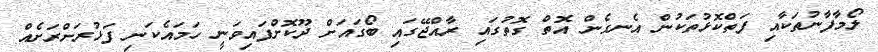
ލޯމާފާނުތަކާއި ފަތްކޮޅުތަކުން އެނގެން އޮތް ގޮތުގައި ރާއްޖޭގައި ބޯގައަށް ދޫކޮށްފައިވަނީ ހަމައެކަނި ފަޅުރަށްރަށެއް